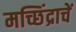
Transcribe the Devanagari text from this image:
मच्छिंद्राचें